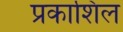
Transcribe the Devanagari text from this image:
प्रकाशिल